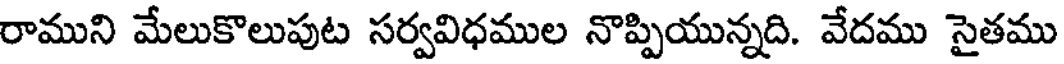
రాముని మేలుకొలుపుట సర్వవిధముల నొప్పియున్నది. వేదము సైతము